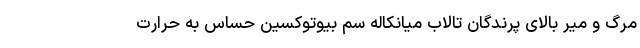
مرگ و میر بالای پرندگان تالاب میانکاله سم بیوتوکسین حساس به حرارت